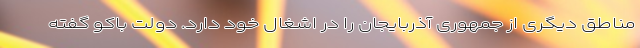
مناطق دیگری از جمهوری آذربایجان را در اشغال خود دارد. دولت باکو گفته